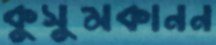
কুসুমকানন